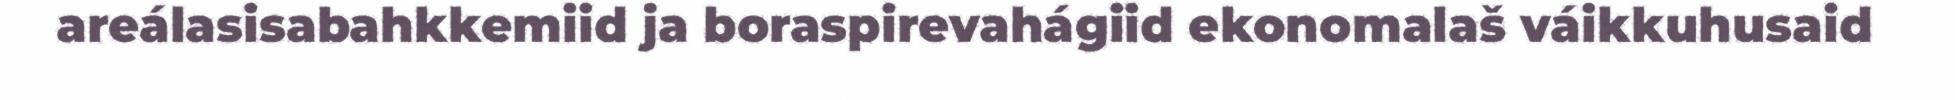
areálasisabahkkemiid ja boraspirevahágiid ekonomalaš váikkuhusaid